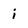
Character: i